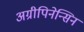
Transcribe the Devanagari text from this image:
अग्रीपिनेन्सिन